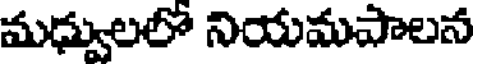
మధ్వులలో నియమపాలన